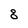
Character: 8